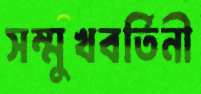
সম্মুখবর্তিনী